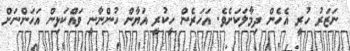
ނަޒަރު ހުރީ އެހެން ދިމާލަކަށެވެ. އަހަރެން ހީކުރީ އަޔާން ހުންނާނީ ވައްކަޅިން އަހަންނަށް